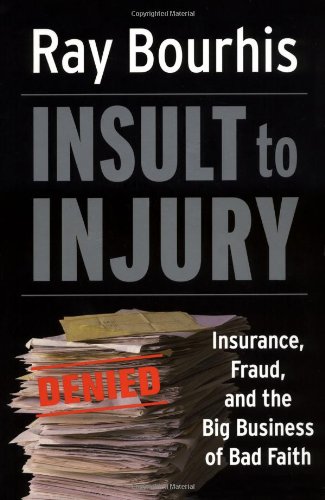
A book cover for Insult to Injury: Insurance, Fraud, and the Big Business of Bad Faith; Ray Bourhis; Business & Money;